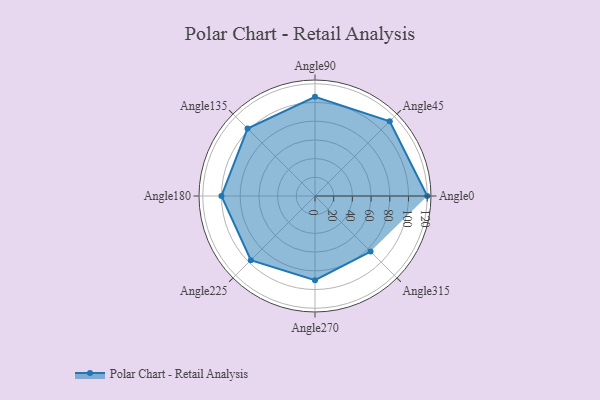
{"axis": {"x": "Angle", "y": "Radius"}, "legend": [""], "data": [{"x": "Angle0", "y": 120.0, "type": ""}, {"x": "Angle45", "y": 113.0, "type": ""}, {"x": "Angle90", "y": 106.0, "type": ""}, {"x": "Angle135", "y": 102.0, "type": ""}, {"x": "Angle180", "y": 100.0, "type": ""}, {"x": "Angle225", "y": 97.0, "type": ""}, {"x": "Angle270", "y": 90.0, "type": ""}, {"x": "Angle315", "y": 84.0, "type": ""}]}